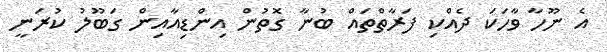
އެ ނޫހާ ވާހަކަ ދެއްކި ފަރާތްތައް ބުނާ ގޮތުން އިންޑިއާއިން ގަބޫލު ކުރަނީ